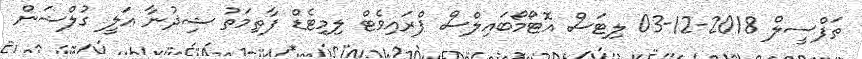
ތަފްސީލް 2018-12-03 ލިޓަސް އޮޓޯމޯބައިލްސް ޕްރައިވެޓް ލިމިޓެޑް ފާޠިމަތު ޝިޛުނާ ޢަލީ ގުލްޝަން